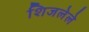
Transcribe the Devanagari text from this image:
शिजलेले